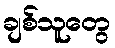
ချစ်သူတွေ